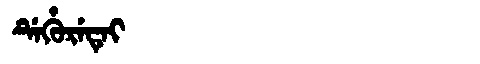
Manchu: ᡩᡝᡥᡠᡵᡝᡨᡝᡳ
Romanization: DEHURETEI